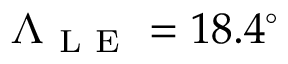
\Lambda _ { \mathrm { ~ L ~ E ~ } } = 1 8 . 4 ^ { \circ }